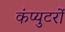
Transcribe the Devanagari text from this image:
कंप्युटरों